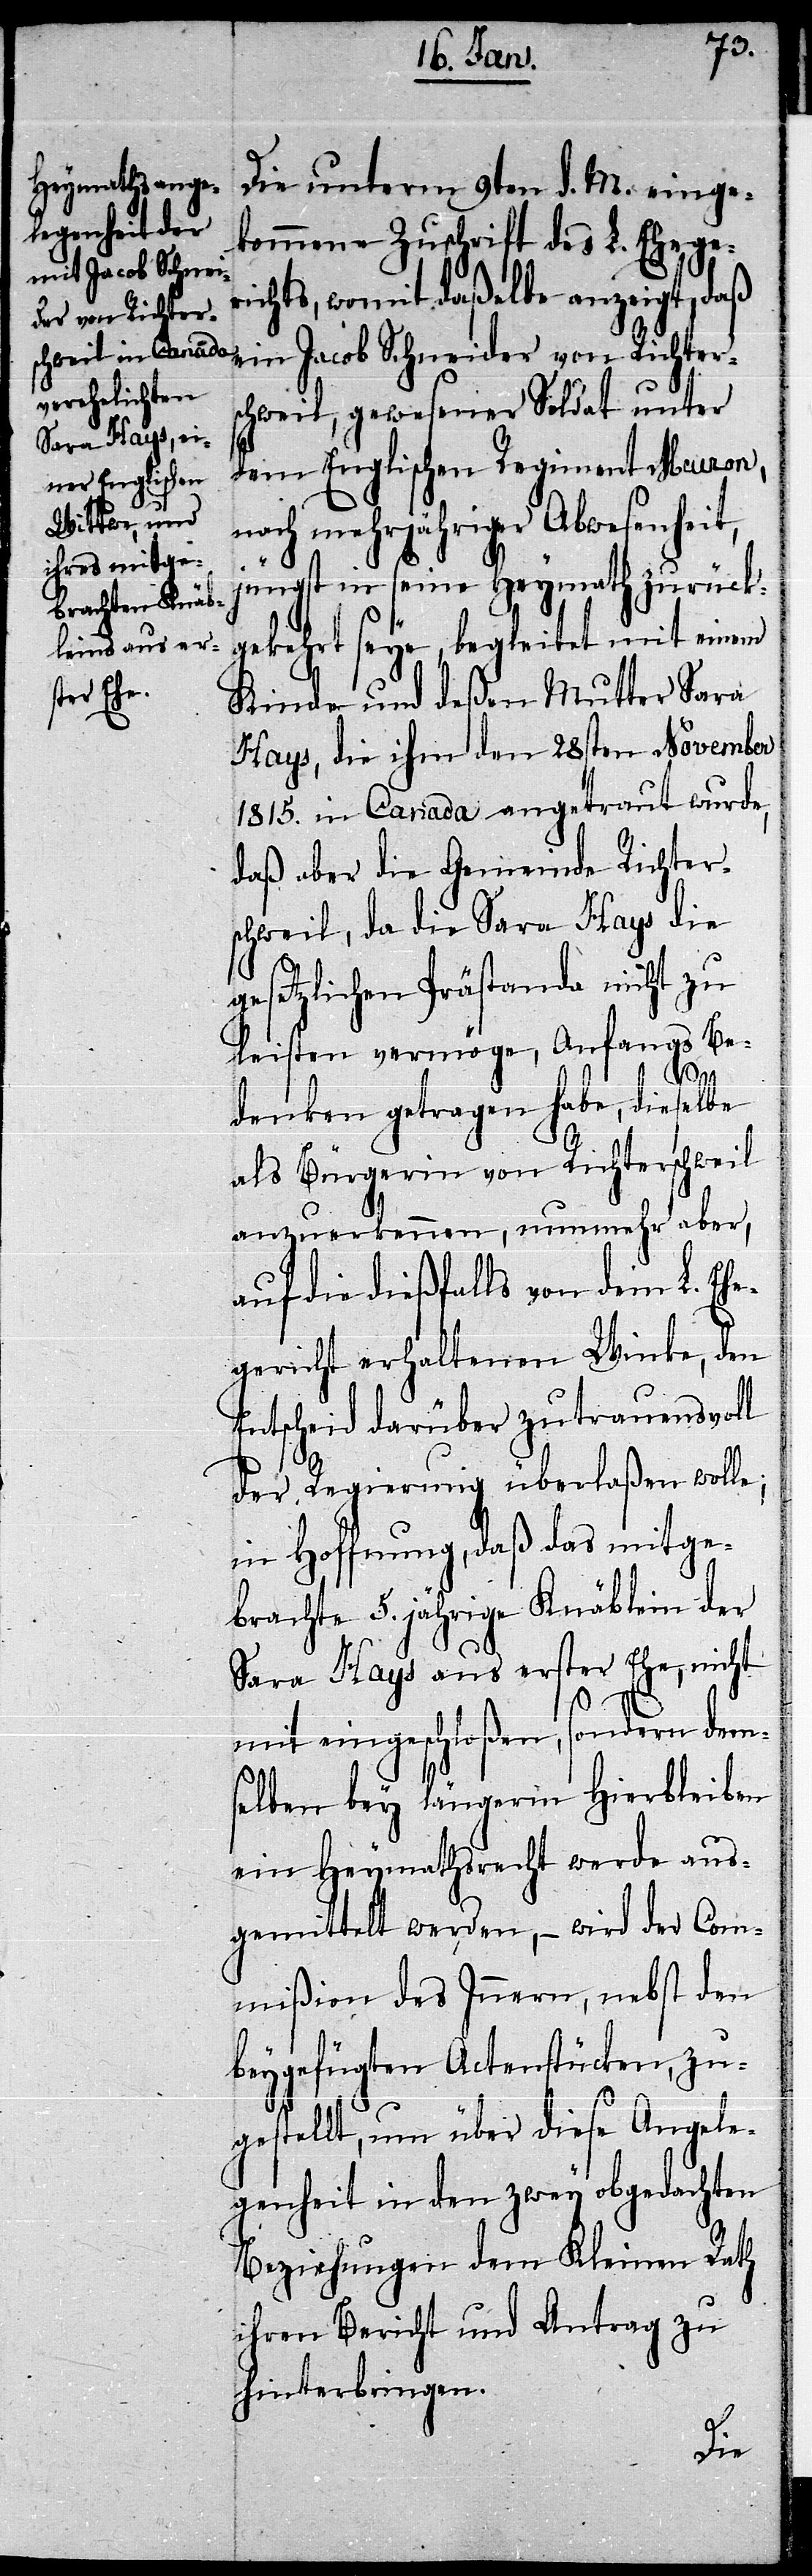
Die unterm 9ten d. M. einge¬
kommene Zuschrift des L. Eheger¬
ichts, womit daßelbe anzeigt, daß
ein Jacob Schneider von Richters¬
chweil, gewesener Soldat unter
dem Englischen Regiment Meuron,
nach mehrjähriger Abwesenheit,
jüngst in seine Heymath zurück¬
gekehrt seye, begleitet mit einem
Kinde und deßen Mutter Sara
Hays, die ihm den 28sten November
1815. in Canada angetraut wurde,
daß aber die Gemeinde Richters¬
chweil, da die Sara Hays die
gesetzlichen Prästanda nicht zu
leisten vermöge, Anfangs Be¬
denken getragen habe, dieselbe
als Bürgerin von Richterschweil
anzuerkennen, nunmehr aber,
auf die dießfalls von dem L. Ehe¬
gericht erhaltenen Winke, den
Entscheid darüber zutrauensvoll
der Regierung überlaßen wolle;
in Hoffnung, daß das mitge¬
brachte 5. jährige Knäblein der
Sara Hays aus erster Ehe, nicht
mit eingeschloßen, sondern dem¬
selben bey längerm Hierbleiben
ein Heymathsrecht werde aus¬
gemittelt werden, – wird der Com¬
mißion des Innern, nebst den
beygefügten Actenstücken, zu¬
gestellt, um über diese Angele¬
genheit in den zwey obgedachten
Beziehungen dem Kleinen Rath
ihren Bericht und Antrag zu
hinterbringen.